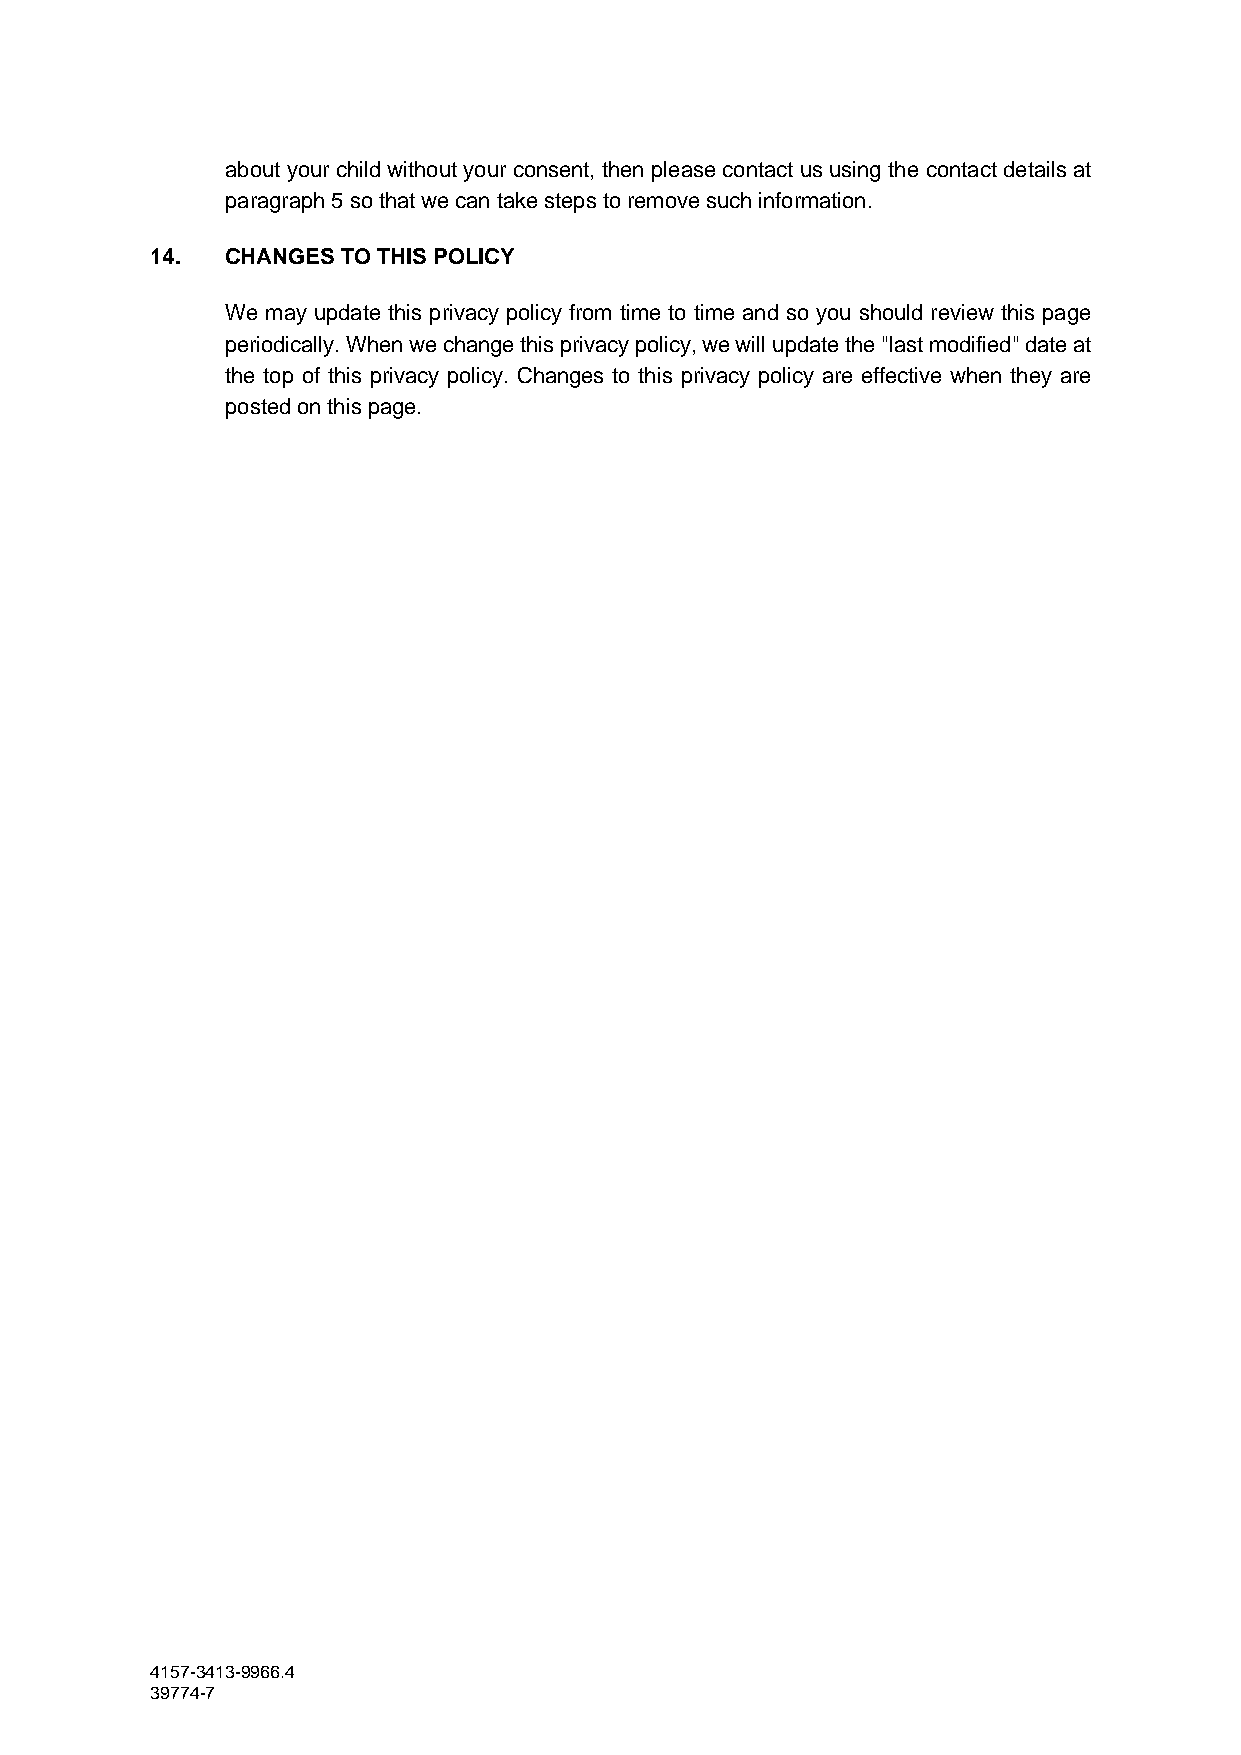
about your child without your consent, then please contact us using the contact details at
 paragraph 5 so that we can take steps to remove such information.
 14.  CHANGES TO THIS POLICY
 We may update this privacy policy from time to time and so you should review this page
 periodically. When we change this privacy policy, we will update the "last modified" date at
 the top of this privacy policy. Changes to this privacy policy are effective when they are
 posted on this page.
 4157-3413-9966.4
 39774-7